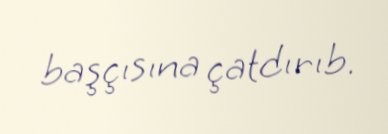
başçısına çatdırıb.